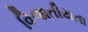
વિજાતીયતા